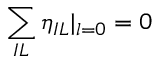
\sum _ { I L } \eta _ { I L } \vert _ { l = 0 } = 0